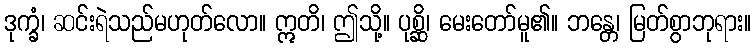
ဒုက္ခံ၊ ဆင်းရဲသည်မဟုတ်လော။ ဣတိ၊ ဤသို့။ ပုစ္ဆိ၊ မေးတော်မူ၏။ ဘန္တေ၊ မြတ်စွာဘုရား။